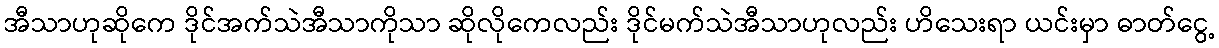
အီသာဟုဆိုကေ ဒိုင်အက်သဲအီသာကိုသာ ဆိုလိုကေလည်း ဒိုင်မက်သဲအီသာဟုလည်း ဟိသေးရာ ယင်းမှာ ဓာတ်ငွေ့